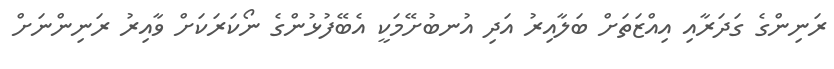
ރަނިންގެ ގަދަރާއި އިއްޒަތަށް ބަލާއިރު އަދި އުނބުށޭމަކީ އެބޭފުޅުންގެ ނޯކަރަކަށް ވާއިރު ރަނިންނަށް